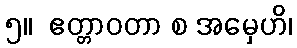
၅။  ဧတ္တာဝတာ စ အမှေဟိ၊